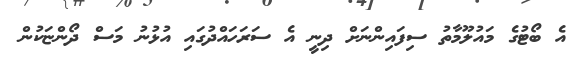
އެ ބޯޓުގެ މައުލޫމާތު ސިފައިންނަށް ދިނީ އެ ސަރަހައްދުގައި އުޅުނު މަސް ދޯންޏަކުން